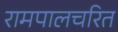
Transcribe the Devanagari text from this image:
रामपालचरित